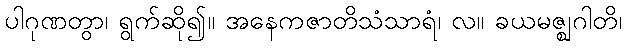
ပါဂုဏတွာ၊ ရွက်ဆို၍။ အနေကဇာတိသံသာရံ၊ လ။ ခယမဇ္ဈဂါတိ၊